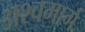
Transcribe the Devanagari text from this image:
अश्वमार्ग